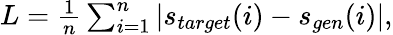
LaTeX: \begin{array}{r}{L=\frac{1}{n}\sum_{i=1}^{n}|s_{target}(i)-s_{gen}(i)|,}\end{array}